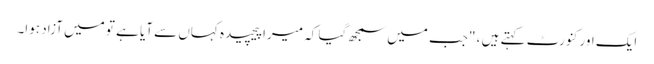
ایک اور کنورٹ کہتے ہیں ، "جب میں سمجھ گیا کہ میرا پیچیدہ کہاں سے آیا ہے تو میں آزاد ہوا۔